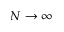
N \rightarrow \infty